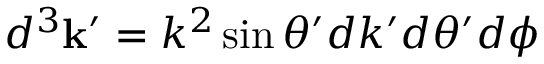
d ^ { 3 } \mathbf { k } ^ { \prime } = k ^ { 2 } \sin \theta ^ { \prime } d k ^ { \prime } d \theta ^ { \prime } d \phi